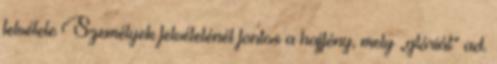
felvétele Személyek felvételénél fontos a hajfény, mely „glóriát” ad.